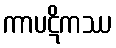
ကာပဋိကဿ